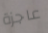
عاجزة